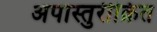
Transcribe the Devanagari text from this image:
अपास्तुरीक्रित